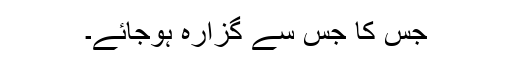
جس کا جس سے گزارہ ہوجائے۔